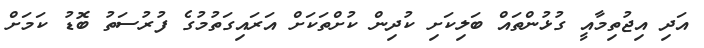
އަދި އިޖުތިމާއީ ގުޅުންތައް ބަލިކަށި ކުދިން ކުށްތަކަށް އަރައިގަތުމުގެ ފުރުސަތު ބޮޑު ކަމަށް